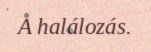
A halálozás.